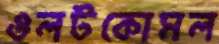
ওলটকোমল